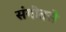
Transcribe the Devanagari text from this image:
संगीतसे